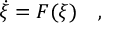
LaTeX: \dot { \xi } = F ( \xi ) \ \ \ ,